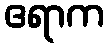
ဧရာက